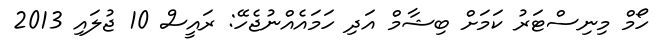
ހޯމް މިނިސްޓަރު ކަމަށް ބިޝާމް އަދި ހަމައެއްނުޖެހޭ: ރައީސް 10 ޖުލައި 2013